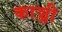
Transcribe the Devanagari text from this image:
काञ्जी